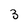
Character: 3